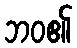
ဘဝ၏